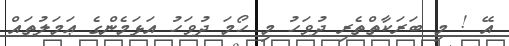
އޭ ! މި ބަރަކާތްތެރި ދުވަހު މި ހޯމަ ދުވަހު އަޅަމެންގެ ޢަމަލުތައް